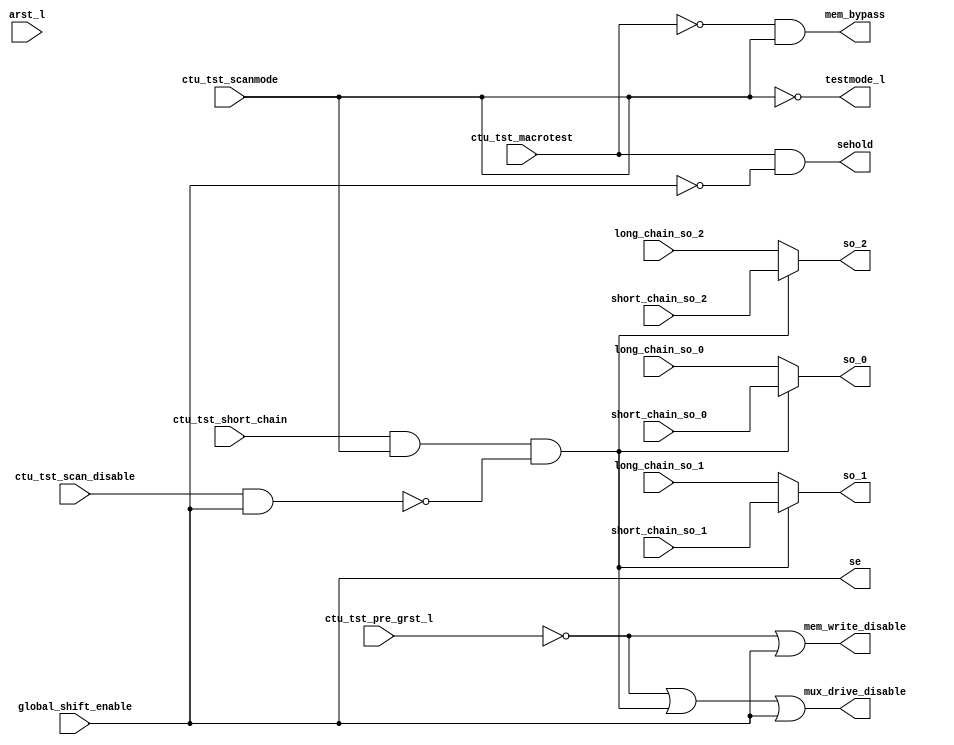
module test_stub_scan (
mux_drive_disable, mem_write_disable, sehold, se, testmode_l, 
mem_bypass, so_0, so_1, so_2, 
ctu_tst_pre_grst_l, arst_l, global_shift_enable, 
ctu_tst_scan_disable, ctu_tst_scanmode, ctu_tst_macrotest, 
ctu_tst_short_chain, long_chain_so_0, short_chain_so_0, 
long_chain_so_1, short_chain_so_1, long_chain_so_2, short_chain_so_2
);
   input        ctu_tst_pre_grst_l;
   input        arst_l;                
   input        global_shift_enable;
   input        ctu_tst_scan_disable;  
   input        ctu_tst_scanmode;
   input 	ctu_tst_macrotest;
   input 	ctu_tst_short_chain;
   input 	long_chain_so_0;
   input 	short_chain_so_0;
   input 	long_chain_so_1;
   input 	short_chain_so_1;
   input 	long_chain_so_2;
   input 	short_chain_so_2;
   output 	mux_drive_disable;
   output 	mem_write_disable;
   output 	sehold;
   output 	se;
   output 	testmode_l;
   output 	mem_bypass;
   output 	so_0;
   output 	so_1;
   output 	so_2;
   wire         pin_based_scan;
   wire         short_chain_en;
   wire         short_chain_select;
   assign  mux_drive_disable  = ~ctu_tst_pre_grst_l | short_chain_select | se;
   assign  mem_write_disable  = ~ctu_tst_pre_grst_l | se;
   assign  sehold             = ctu_tst_macrotest & ~se;
   assign  se                 = global_shift_enable;
   assign  testmode_l         = ~ctu_tst_scanmode;
   assign  mem_bypass         = ~ctu_tst_macrotest & ~testmode_l;
   assign  pin_based_scan     = ctu_tst_scan_disable;
   assign  short_chain_en     = ~(pin_based_scan & se);
   assign  short_chain_select = ctu_tst_short_chain & ~testmode_l & short_chain_en;
   assign  so_0               = short_chain_select ? short_chain_so_0 : long_chain_so_0;
   assign  so_1               = short_chain_select ? short_chain_so_1 : long_chain_so_1;
   assign  so_2               = short_chain_select ? short_chain_so_2 : long_chain_so_2;
endmodule